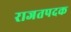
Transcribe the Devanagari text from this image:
राजतपदक